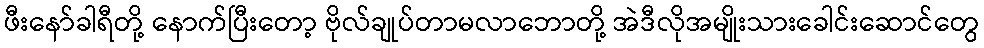
ဖီးနော်ခါရီတို့ နောက်ပြီးတော့ ဗိုလ်ချုပ်တာမလာဘောတို့ အဲဒီလိုအမျိုးသားခေါင်းဆောင်တွေ